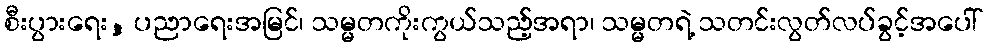
စီးပွားရေး, ပညာရေးအမြင်၊ သမ္မတကိုးကွယ်သည့်အရာ၊ သမ္မတရဲ့ သတင်းလွတ်လပ်ခွင့်အပေါ်